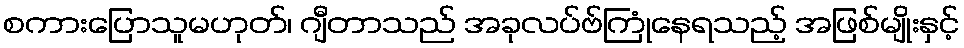
စကားပြောသူမဟုတ်၊ ဂျီတာသည် အခုလပ်ဗ်ကြုံနေရသည့် အဖြစ်မျိုးနှင့်